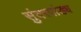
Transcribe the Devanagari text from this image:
सुंदरपांड्य